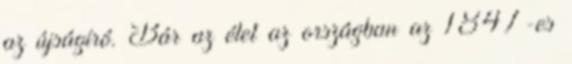
az újságíró. Bár az élet az országban az 1847-es